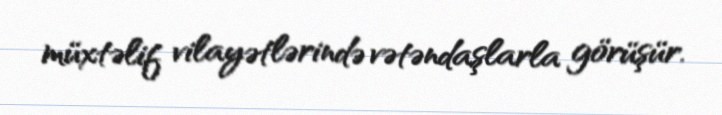
müxtəlif vilayətlərində vətəndaşlarla görüşür.